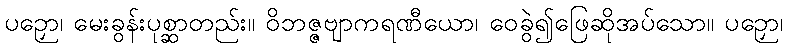
ပဉှော၊ မေးခွန်းပုစ္ဆာတည်း။ ဝိဘဇ္ဇဗျာကရဏီယော၊ ဝေခွဲ၍ဖြေဆိုအပ်သော။ ပဉှော၊